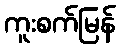
ကူးစက်မြန်